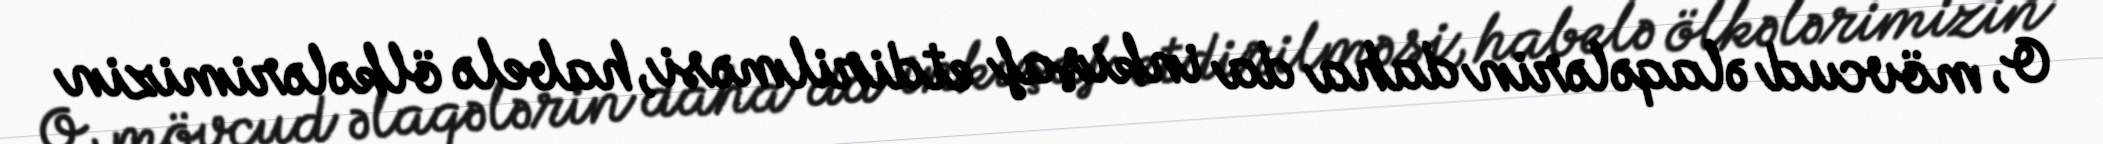
O, mövcud əlaqələrin daha da inkişaf etdirilməsi, habelə ölkələrimizin